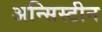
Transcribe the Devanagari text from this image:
अन्सिस्टीन